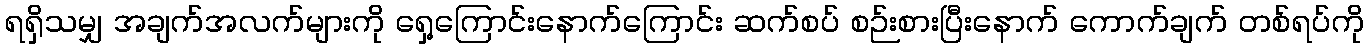
ရရှိသမျှ အချက်အလက်များကို ရှေ့ကြောင်းနောက်ကြောင်း ဆက်စပ် စဉ်းစားပြီးနောက် ကောက်ချက် တစ်ရပ်ကို